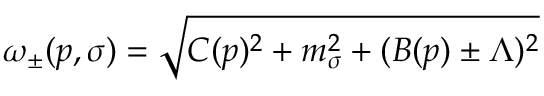
\omega _ { \pm } ( p , \sigma ) = \sqrt { C ( p ) ^ { 2 } + m _ { \sigma } ^ { 2 } + ( B ( p ) \pm \Lambda ) ^ { 2 } }